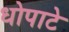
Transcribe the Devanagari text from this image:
धोपाटे